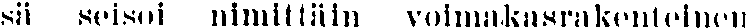
sä seisoi nimittäin voimakasrakenteinen